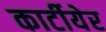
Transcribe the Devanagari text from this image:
कार्टीयेर